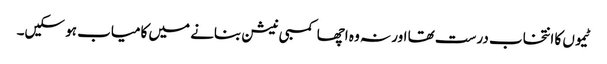
ٹیموں کا انتخاب درست تھا اور نہ وہ اچھا کمبی نیشن بنانے میں کامیاب ہو سکیں۔